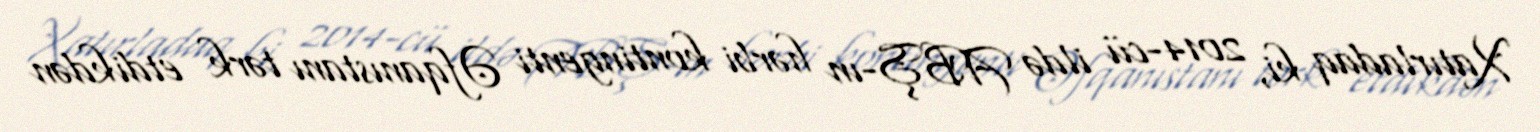
Xatırladaq ki, 2014-cü ildə ABŞ-ın hərbi kontingenti Əfqanıstanı tərk etdikdən